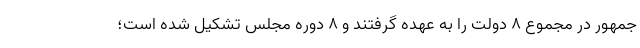
جمهور در مجموع ۸ دولت را به عهده گرفتند و ۸ دوره مجلس تشکیل شده است؛